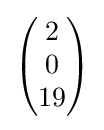
{\begin{pmatrix}2\\0\\19\end{pmatrix}}